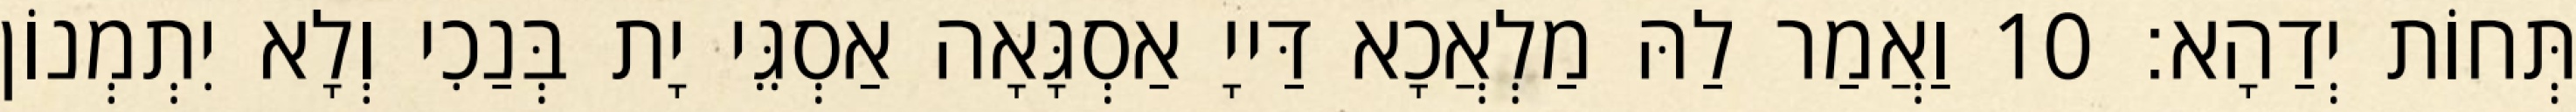
תְּחוֹת יְדַהָא׃ 10 וַאֲמַר לַהּ מַלְאֲכָא דַּייָ אַסְגָּאָה אַסְגֵּי יָת בְּנַכִי וְלָא יִתְמְנוֹן